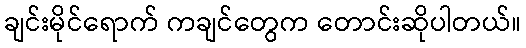
ချင်းမိုင်ရောက် ကချင်တွေက တောင်းဆိုပါတယ်။